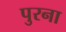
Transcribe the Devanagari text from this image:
पुरना